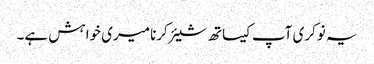
یہ نوکری آپ کیساتھ شیئر کرنا میری خواہش ہے۔